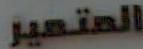
المتمير